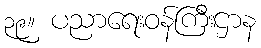
၃၉။ ပညာရေးဝန်ကြီးဌာန